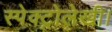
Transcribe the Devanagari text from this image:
स्पेक्ट्रोलेखी।